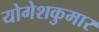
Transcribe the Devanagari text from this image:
योगेशकुमार